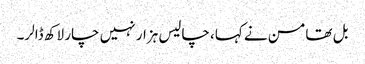
بل تھامسن نے کہا، چالیس ہزار نہیں چار لاکھ ڈالر۔